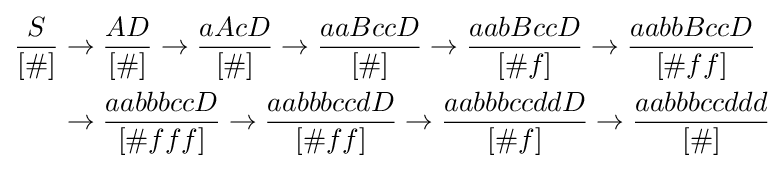
{\begin{aligned}{\frac {S}{[\#]}}&\to {\frac {AD}{[\#]}}\to {\frac {aAcD}{[\#]}}\to {\frac {aaBccD}{[\#]}}\to {\frac {aabBccD}{[\#f]}}\to {\frac {aabbBccD}{[\#ff]}}\\&\to {\frac {aabbbccD}{[\#fff]}}\to {\frac {aabbbccdD}{[\#ff]}}\to {\frac {aabbbccddD}{[\#f]}}\to {\frac {aabbbccddd}{[\#]}}\\\end{aligned}}